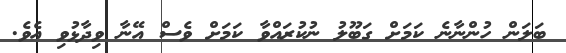
ބަލަން ހުންނާނެ ކަމަށް ގަބޫލު ނުކުރައްވާ ކަމަށް ވެސް އޭނާ ވިދާޅުވި އެވެ.